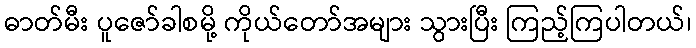
ဓာတ်မီး ပူဇော်ခါစမို့ ကိုယ်တော်အများ သွားပြီး ကြည့်ကြပါတယ်၊